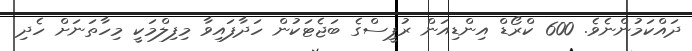
ދައްކަމުންނެވެ. 600 ކްރޯޑް އިންޑިއަން ރުޕީސްގެ ބަޖެޓަކުން ހަދާފައިވާ މިފިލްމަކީ މިހާތަނަށް ހެދި